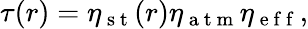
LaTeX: \tau(r)=\eta_{\mathrm{~s~t~}}(r)\eta_{\mathrm{~a~t~m~}}\eta_{\mathrm{~e~f~f~}},